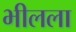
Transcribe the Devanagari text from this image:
भीलला